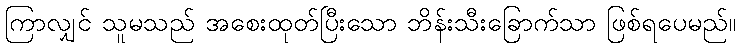
ကြာလျှင် သူမသည် အစေးထုတ်ပြီးသော ဘိန်းသီးခြောက်သာ ဖြစ်ရပေမည်။